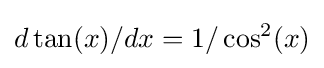
d\tan(x)/dx=1/\cos ^{2}(x)